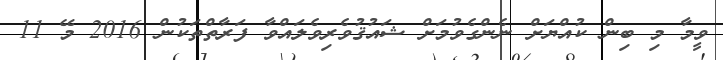
ވީމާ މި ބިން ކުއްޔަށް ނެންގެވުމަށް ޝައުޤުވެރިވެލައްވާ ފަރާތްތަކުން 2016 މޭ 11